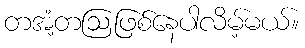
တအံ့တဩဖြစ်နေပါလိမ့်မယ်။